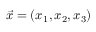
\vec { x } = ( x _ { 1 } , x _ { 2 } , x _ { 3 } )